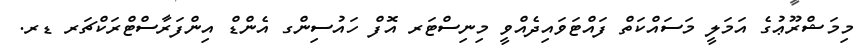
މިމަޝްރޫޢުގެ އަމަލީ މަސައްކަތް ފައްޓަވައިދެއްވީ މިނިސްޓަރ އޮފް ހައުސިންގ އެންޑް އިންފަރާސްޓްރަކްޗަރ ޑރ.